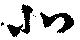
北